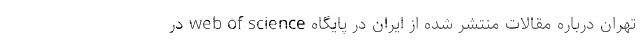
تهران درباره مقالات منتشر شده از ایران در پایگاه web of science در